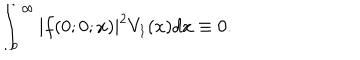
\int _ { o } ^ { \infty } | f ( 0 ; 0 ; x ) | ^ { 2 } V _ { 1 } ( x ) d x \equiv 0 .